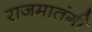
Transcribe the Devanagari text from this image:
राजमातंगी